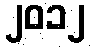
၂၀၁၂